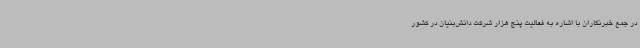
در جمع خبرنگاران با اشاره به فعالیت پنج هزار شرکت دانش‌بنیان در کشور